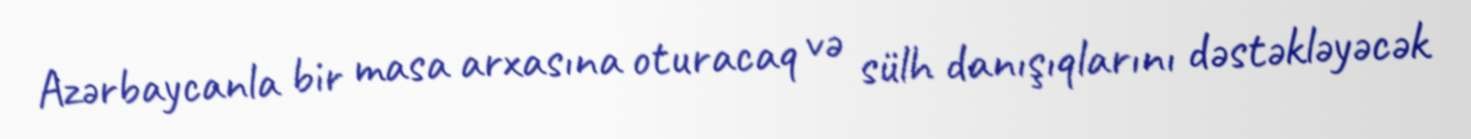
Azərbaycanla bir masa arxasına oturacaq və sülh danışıqlarını dəstəkləyəcək